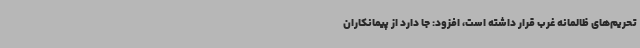
تحریم‌های ظالمانه غرب قرار داشته است، افزود: جا دارد از پیمانکاران